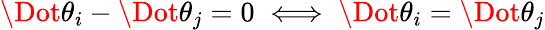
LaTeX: \Dot{\theta}_{i}-\Dot{\theta}_{j}=0\iff\Dot{\theta}_{i}=\Dot{\theta}_{j}